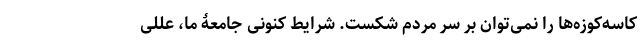
کاسه‌کوزه‌ها را نمی‌توان بر سر مردم شکست. شرایط کنونی جامعۀ ما، عللی